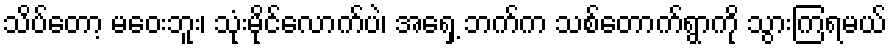
သိပ်တော့ မဝေးဘူး၊ သုံးမိုင်လောက်ပဲ၊ အရှေ့ ဘက်က သစ်တောက်ရွာကို သွားကြရမယ်